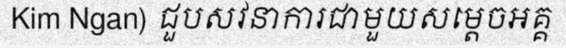
Kim Ngan) ជួបសវនាការជាមួយសម្តេចអគ្គ